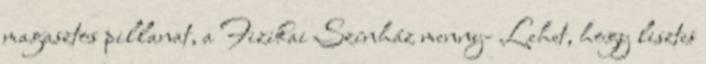
magasztos pillanat, a Fizikai Színház menny- Lehet, hogy lisztes